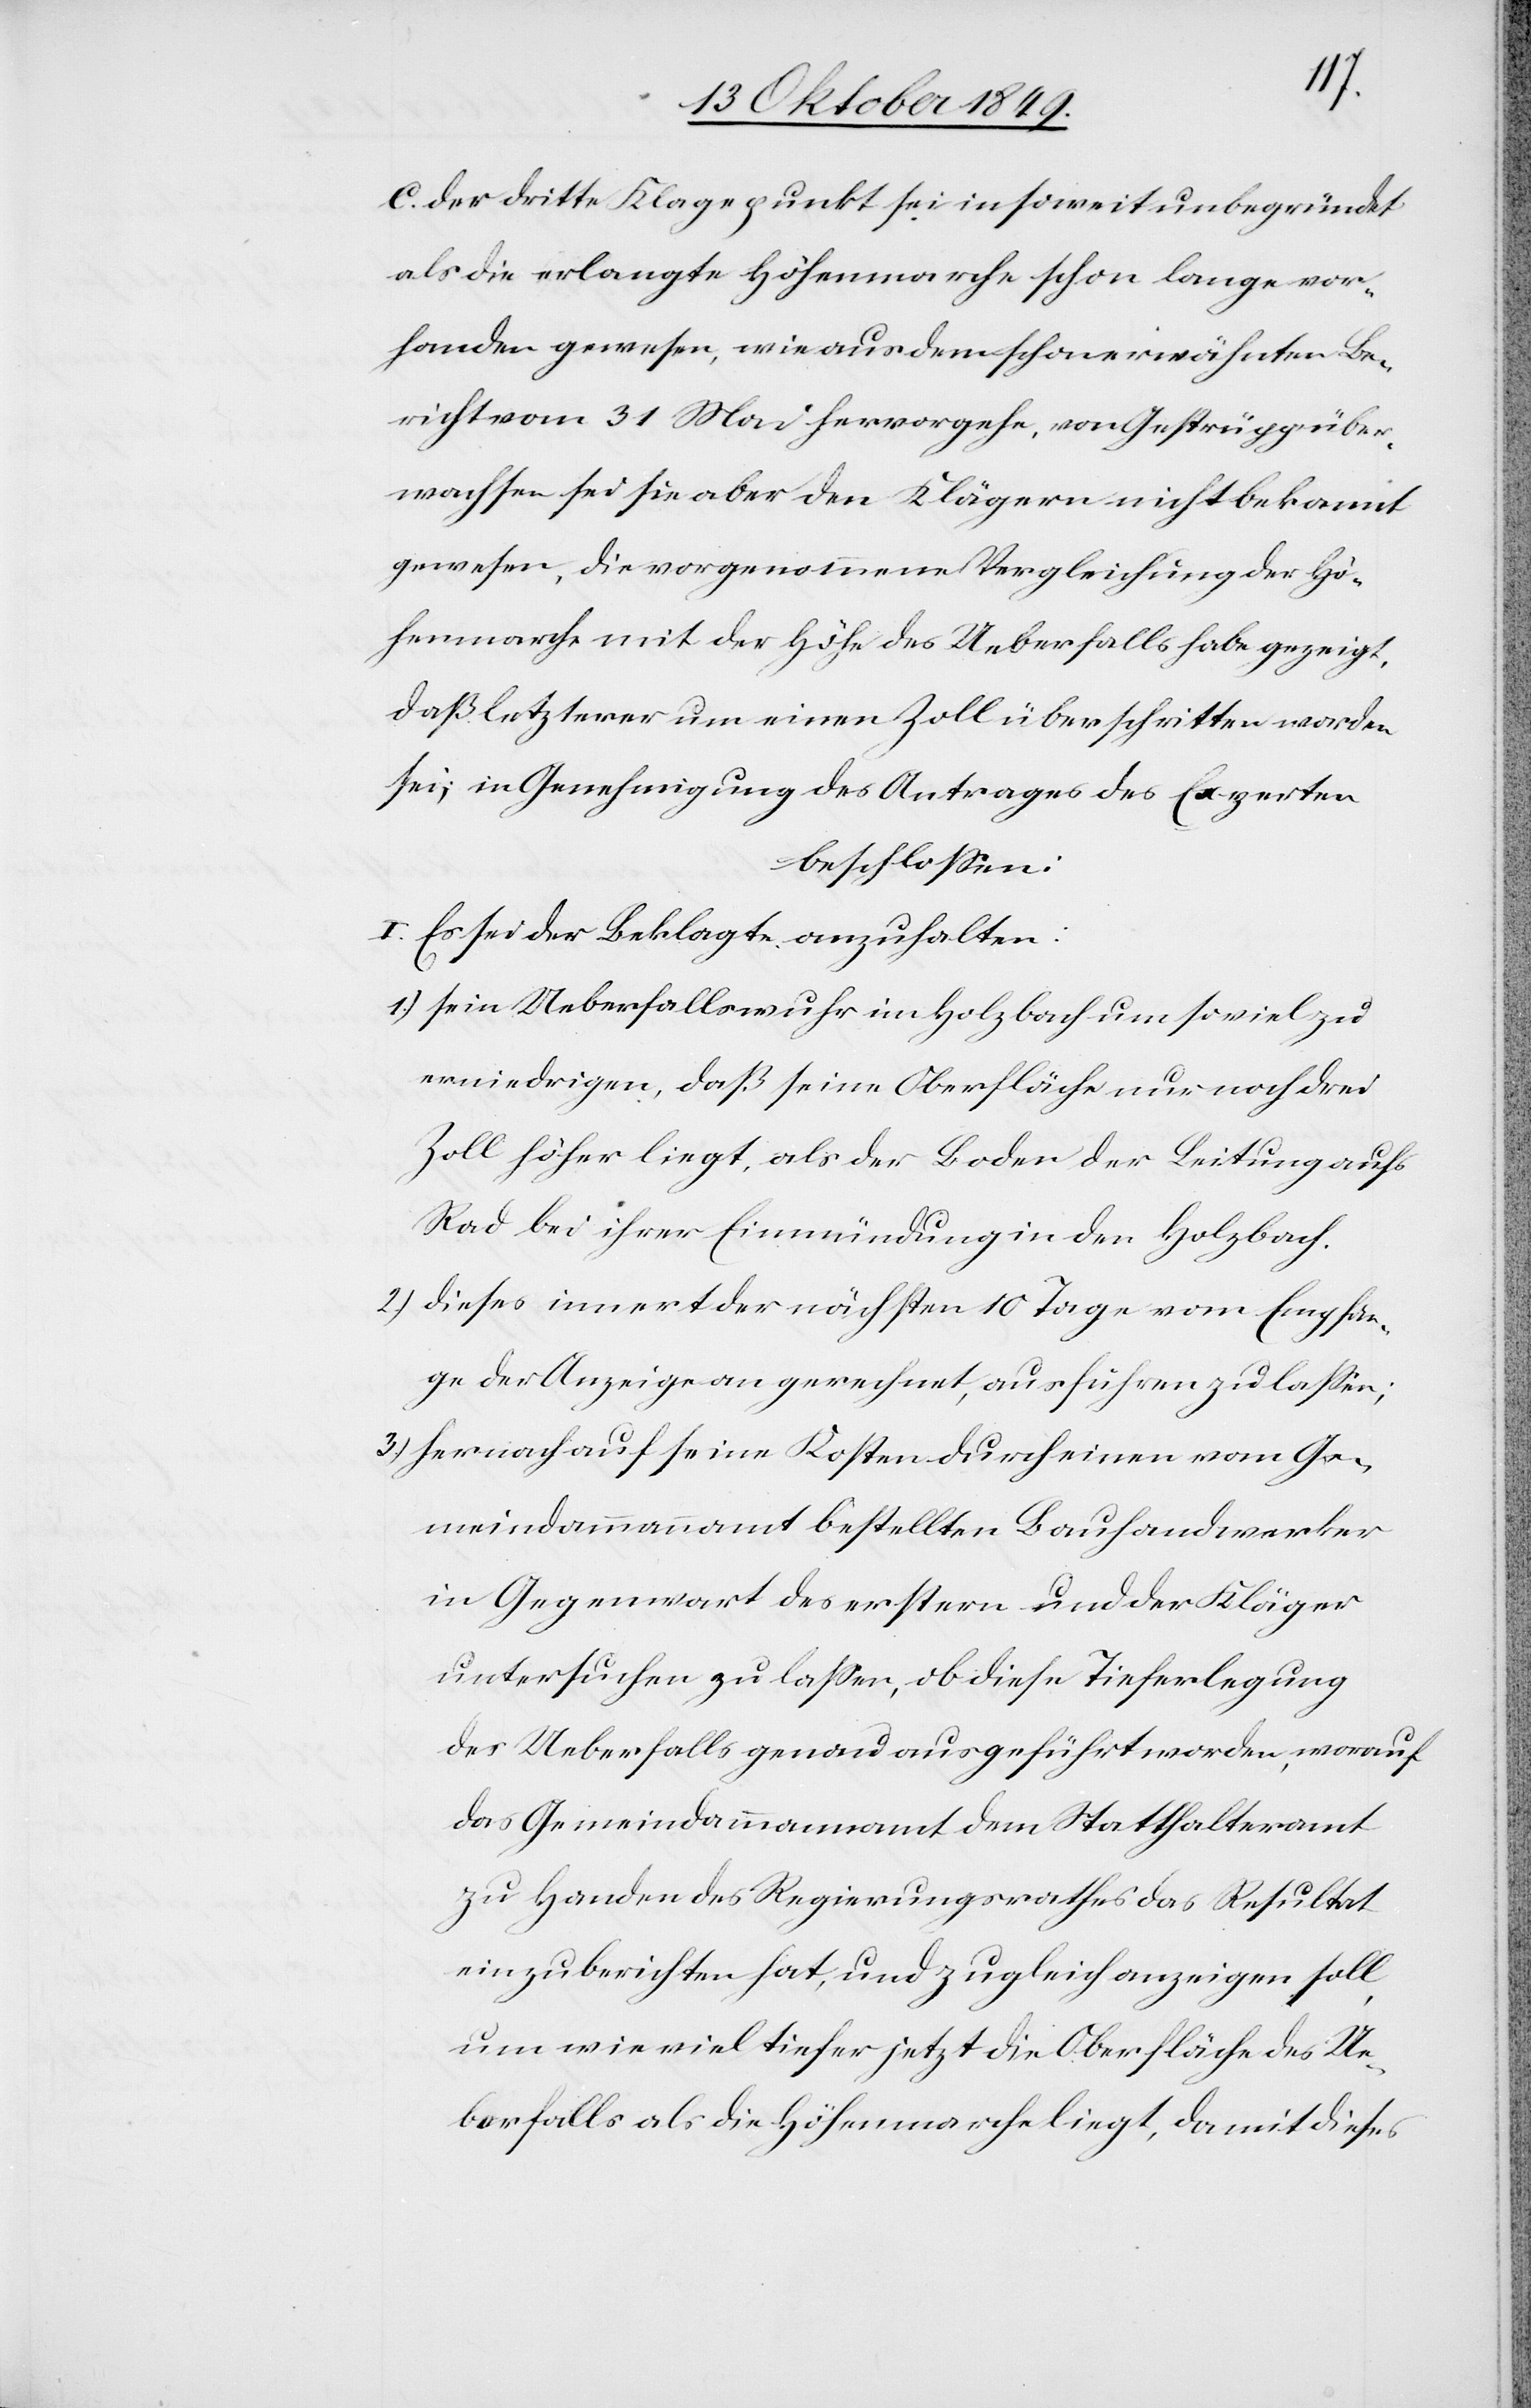
c. der dritte Klagepunkt sei in soweit unbegründet
als die erlangte Höhenmarche schon lange vor¬
handen gewesen, wie aus dem schon erwähnten Be¬
richt vom 31 Mai hervorgehe, von Gestrüpp über¬
wachsen sei sie aber den Klägern nicht bekannt
gewesen, die vorgenommene Vergleichung der Hö¬
henmarche mit der Höhe des Ueberfalls habe gezeigt,
daß letzterer um einen Zoll überschritten worden
sei; in Genehmigung des Antrages des Experten
beschloßen:
I. Es sei der Beklagte anzuhalten:
1.) sein Ueberfallswuhr im Holzbach um soviel zu
erniedrigen, daß seine Oberfläche nur noch drei
Zoll höher liegt, als der Boden der Leitung aufs
Rad bei ihrer Einmündung in den Holzbach.
2) dieses innert der nächsten 10 Tage vom Empfan¬
ge der Anzeige an gerechnet, ausführen zu laßen;
3.) hernach auf seine Kosten durch einen vom Ge¬
meindammannamt bestellten Bauhandwerker
in Gegenwart des erstern und der Kläger
untersuchen zu laßen, ob diese Tieferlegung
des Ueberfalls genau ausgeführt worden, worauf
das Gemeindammannamt dem Statthalteramt
zu Handen des Regierungsrathes das Resultat
einzuberichten hat, und zugleich anzeigen soll,
um wie viel tiefer jetzt die Oberfläche des Ue¬
berfalls als die Höhenmarche liegt, damit dieses